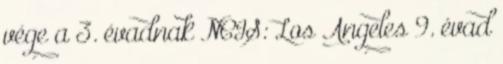
vége a 3. évadnak NCIS: Los Angeles 9. évad